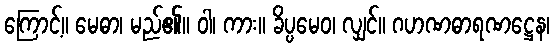
ကြောင့်။ မေဓာ၊ မည်၏။ ဝါ၊ ကား။ ခိပ္ပမေဝ၊ လျှင်။ ဂဟဏဓာရဏဋ္ဌေန၊